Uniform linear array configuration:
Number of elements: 16
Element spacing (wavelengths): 0.25
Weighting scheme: cosine
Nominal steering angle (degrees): -30
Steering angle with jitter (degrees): -28.665
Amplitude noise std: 0.05
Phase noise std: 0.05

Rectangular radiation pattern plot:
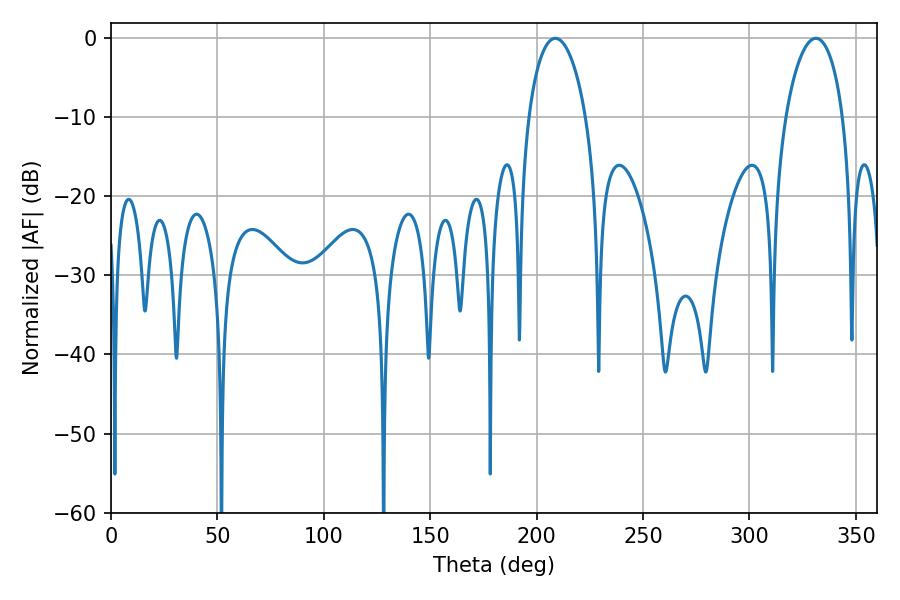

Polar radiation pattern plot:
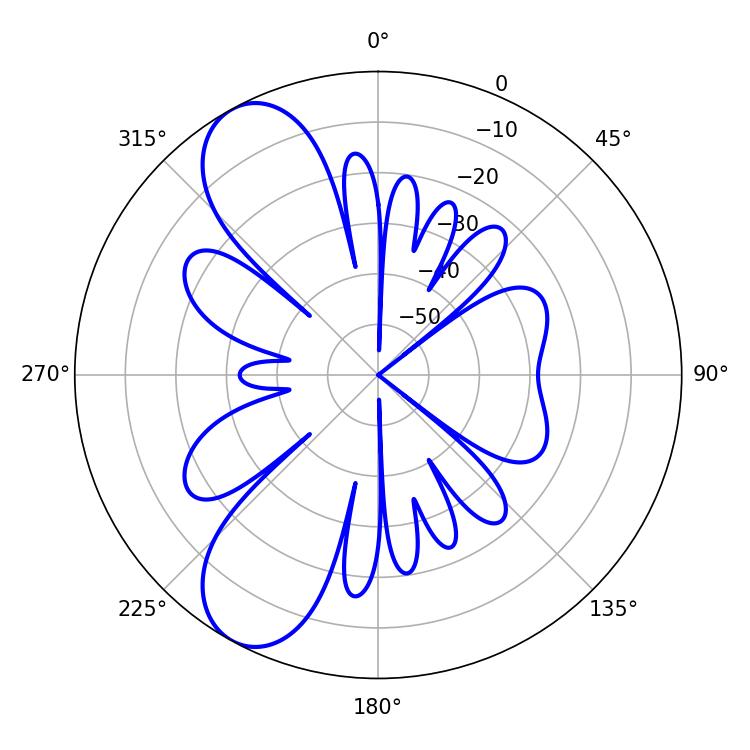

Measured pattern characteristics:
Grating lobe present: FALSE
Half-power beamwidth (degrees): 15.3
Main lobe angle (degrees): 208.8